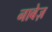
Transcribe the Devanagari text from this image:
नाबेज़